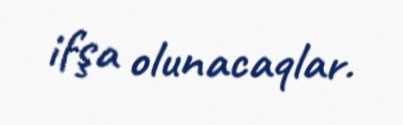
ifşa olunacaqlar.